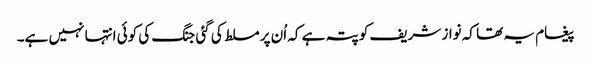
پیغام یہ تھا کہ نواز شریف کو پتہ ہے کہ اُن پر مسلط کی گئی جنگ کی کوئی انتہا نہیں ہے۔